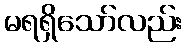
မရရှိသော်လည်း